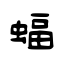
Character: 蝠